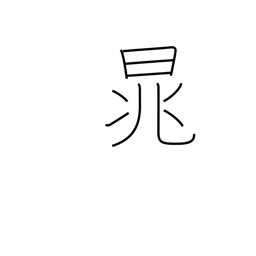
Meaning: proper name